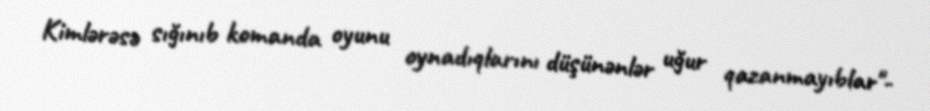
Kimlərəsə sığınıb komanda oyunu oynadıqlarını düşünənlər uğur qazanmayıblar"-